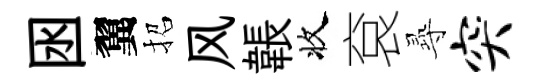
囦翼招风韔收袞𡬶突